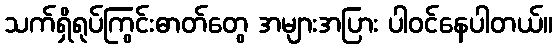
သက်ရှိရုပ်ကြွင်းဓာတ်တွေ အများအပြား ပါဝင်နေပါတယ်။